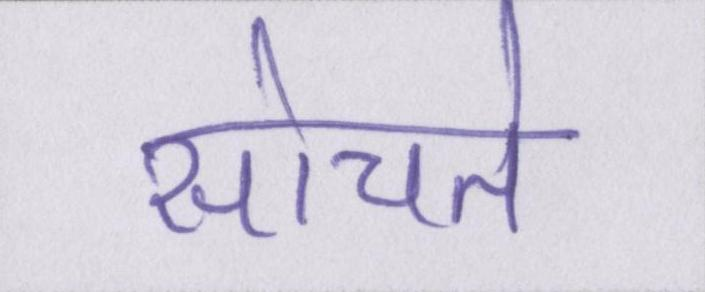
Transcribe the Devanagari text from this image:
सोचते